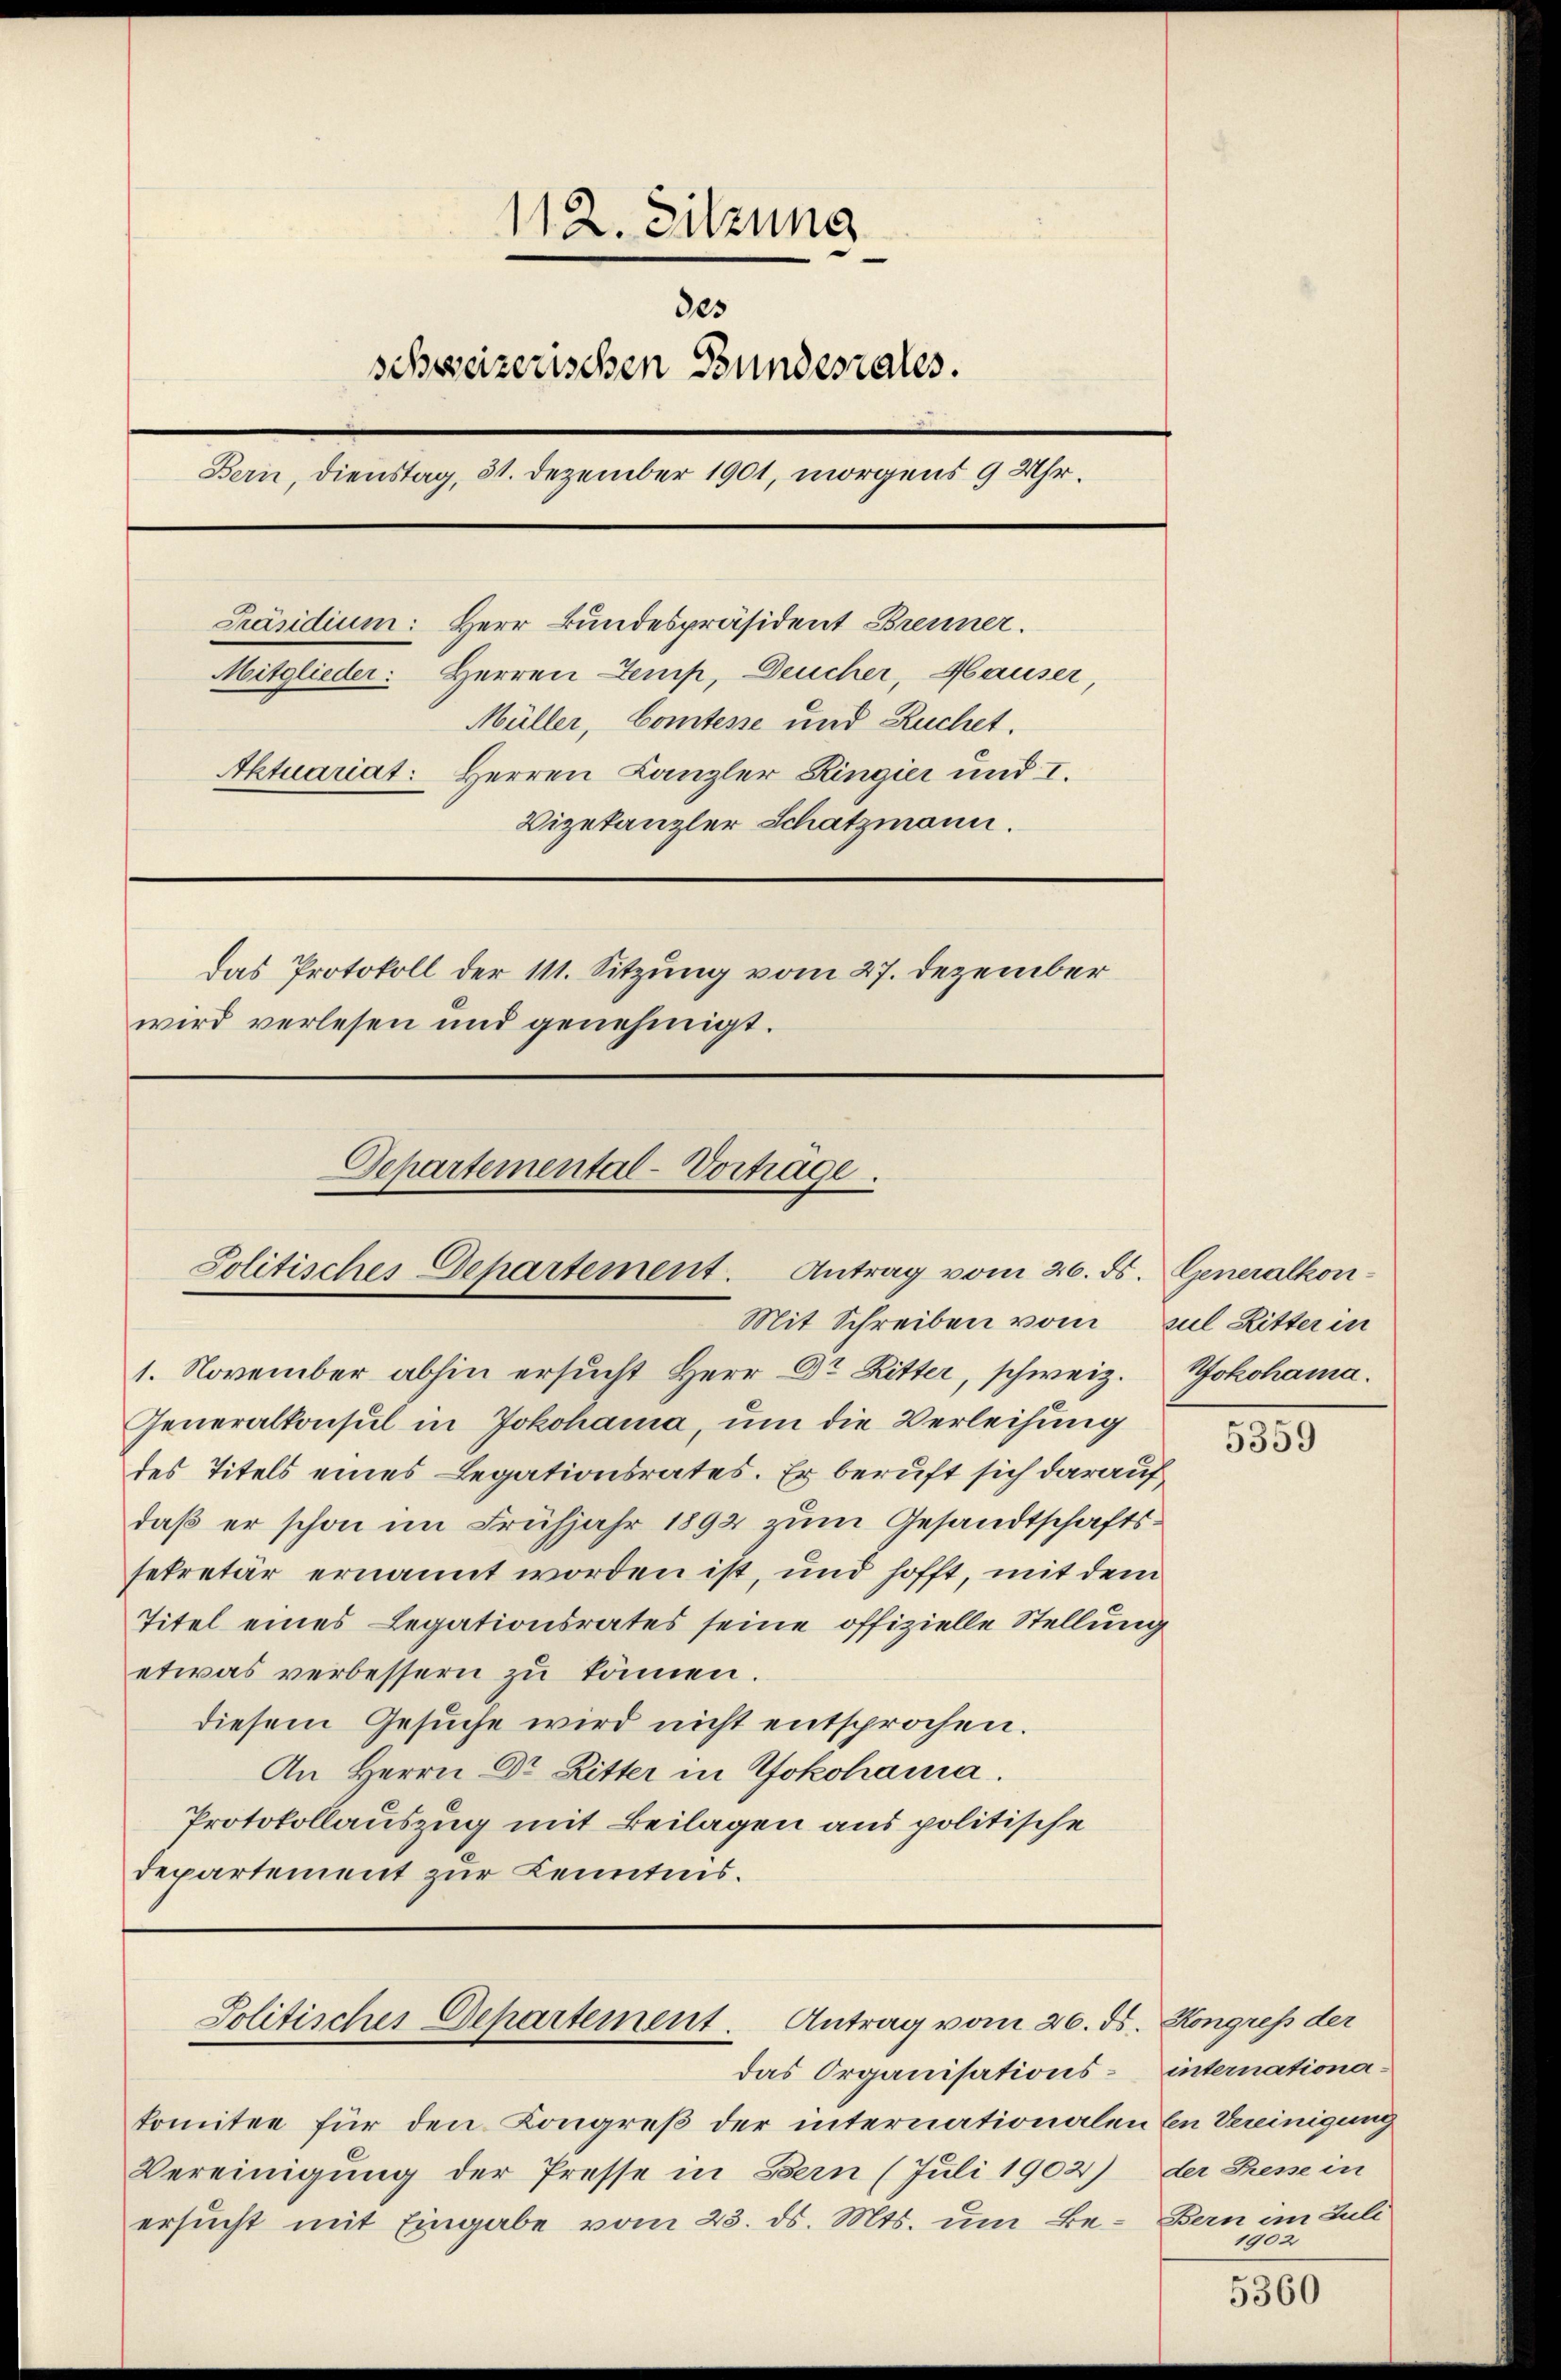
112. Sitzung
des
schweizerischen Bundesrates.
Bern, Dienstag, 31. Dezember 1901, morgens 9 Uhr.
Präsidium: Herr Bundespräsident Brenner.
Mitglieder: Herren Temp, Deucher, Hauser,
Müller, Comtesse und Ruchet.
Aktuariat: Herren Canzler Ringier und I.
Vizekanzler Schatzmann.
Das Protokoll der 111. Sitzung vom 27. Dezember
wird verlesen und genehmigt.

Separtemental-Vorträge.
Solitisches Departement. Antrag vom 26. ds. Generalkon-
Mit Schreiben vom Zul Ritter in

1. November abhin ersucht Herr Dr Ritter, schweiz.
Generalkonsul in Jokohama, um die Verleihung
des Titels eines Legationsrates. Er beruft sich darauf
daß er schon im Frühjahr 1892 zum Gesandtschaftssekretär ernannt worden ist, und hofft, mit dem
Titel eines Legationsrates seine offizielle Stellung
etwas verbessern zu können.
diesem Gesuche wird nicht entsprochen.
An Herrn Dr Ritter in Yokohanna.
Protokollauszug mit Beilagen aus politische
departement zur Kenntnis.

Politischer Departement. Antrag vom 26. ds. Kongrep der

komitee für den Kongreß der internationalen Ein Vereinigung
Vereinigung der Presse in Bern (Juli 1902)
ersucht mit Eingabe vom 23. ds. Mts. um Be¬

das Organisations¬

Hokohama.

5359

internationader Presse in
Bern an Juli
1902

5360